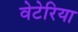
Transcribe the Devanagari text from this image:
वेटेरिया